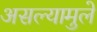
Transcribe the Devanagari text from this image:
असल्यामुले